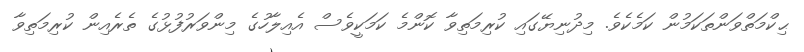
ޙިކްމަތްވަންތަކަމުން ކަމެކެވެ. މިދުނިޔޭގައި ކުރިމަތިވާ ކޮންމެ ކަމަކީވެސް އެއިލާހުގެ މިންވަރުފުޅުގެ ތެރެއިން ކުރިމަތިވާ